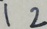
1 2